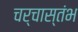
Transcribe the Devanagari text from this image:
चर्चास्तंभ